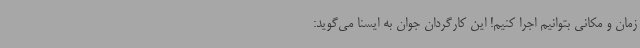
زمان و مکانی بتوانیم اجرا کنیم! این کارگردان جوان به ایسنا می‌گوید: